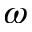
\omega